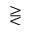
\gtreqless